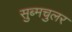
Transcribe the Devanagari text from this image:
सुब्मचुलर